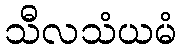
သီလသံယမံ